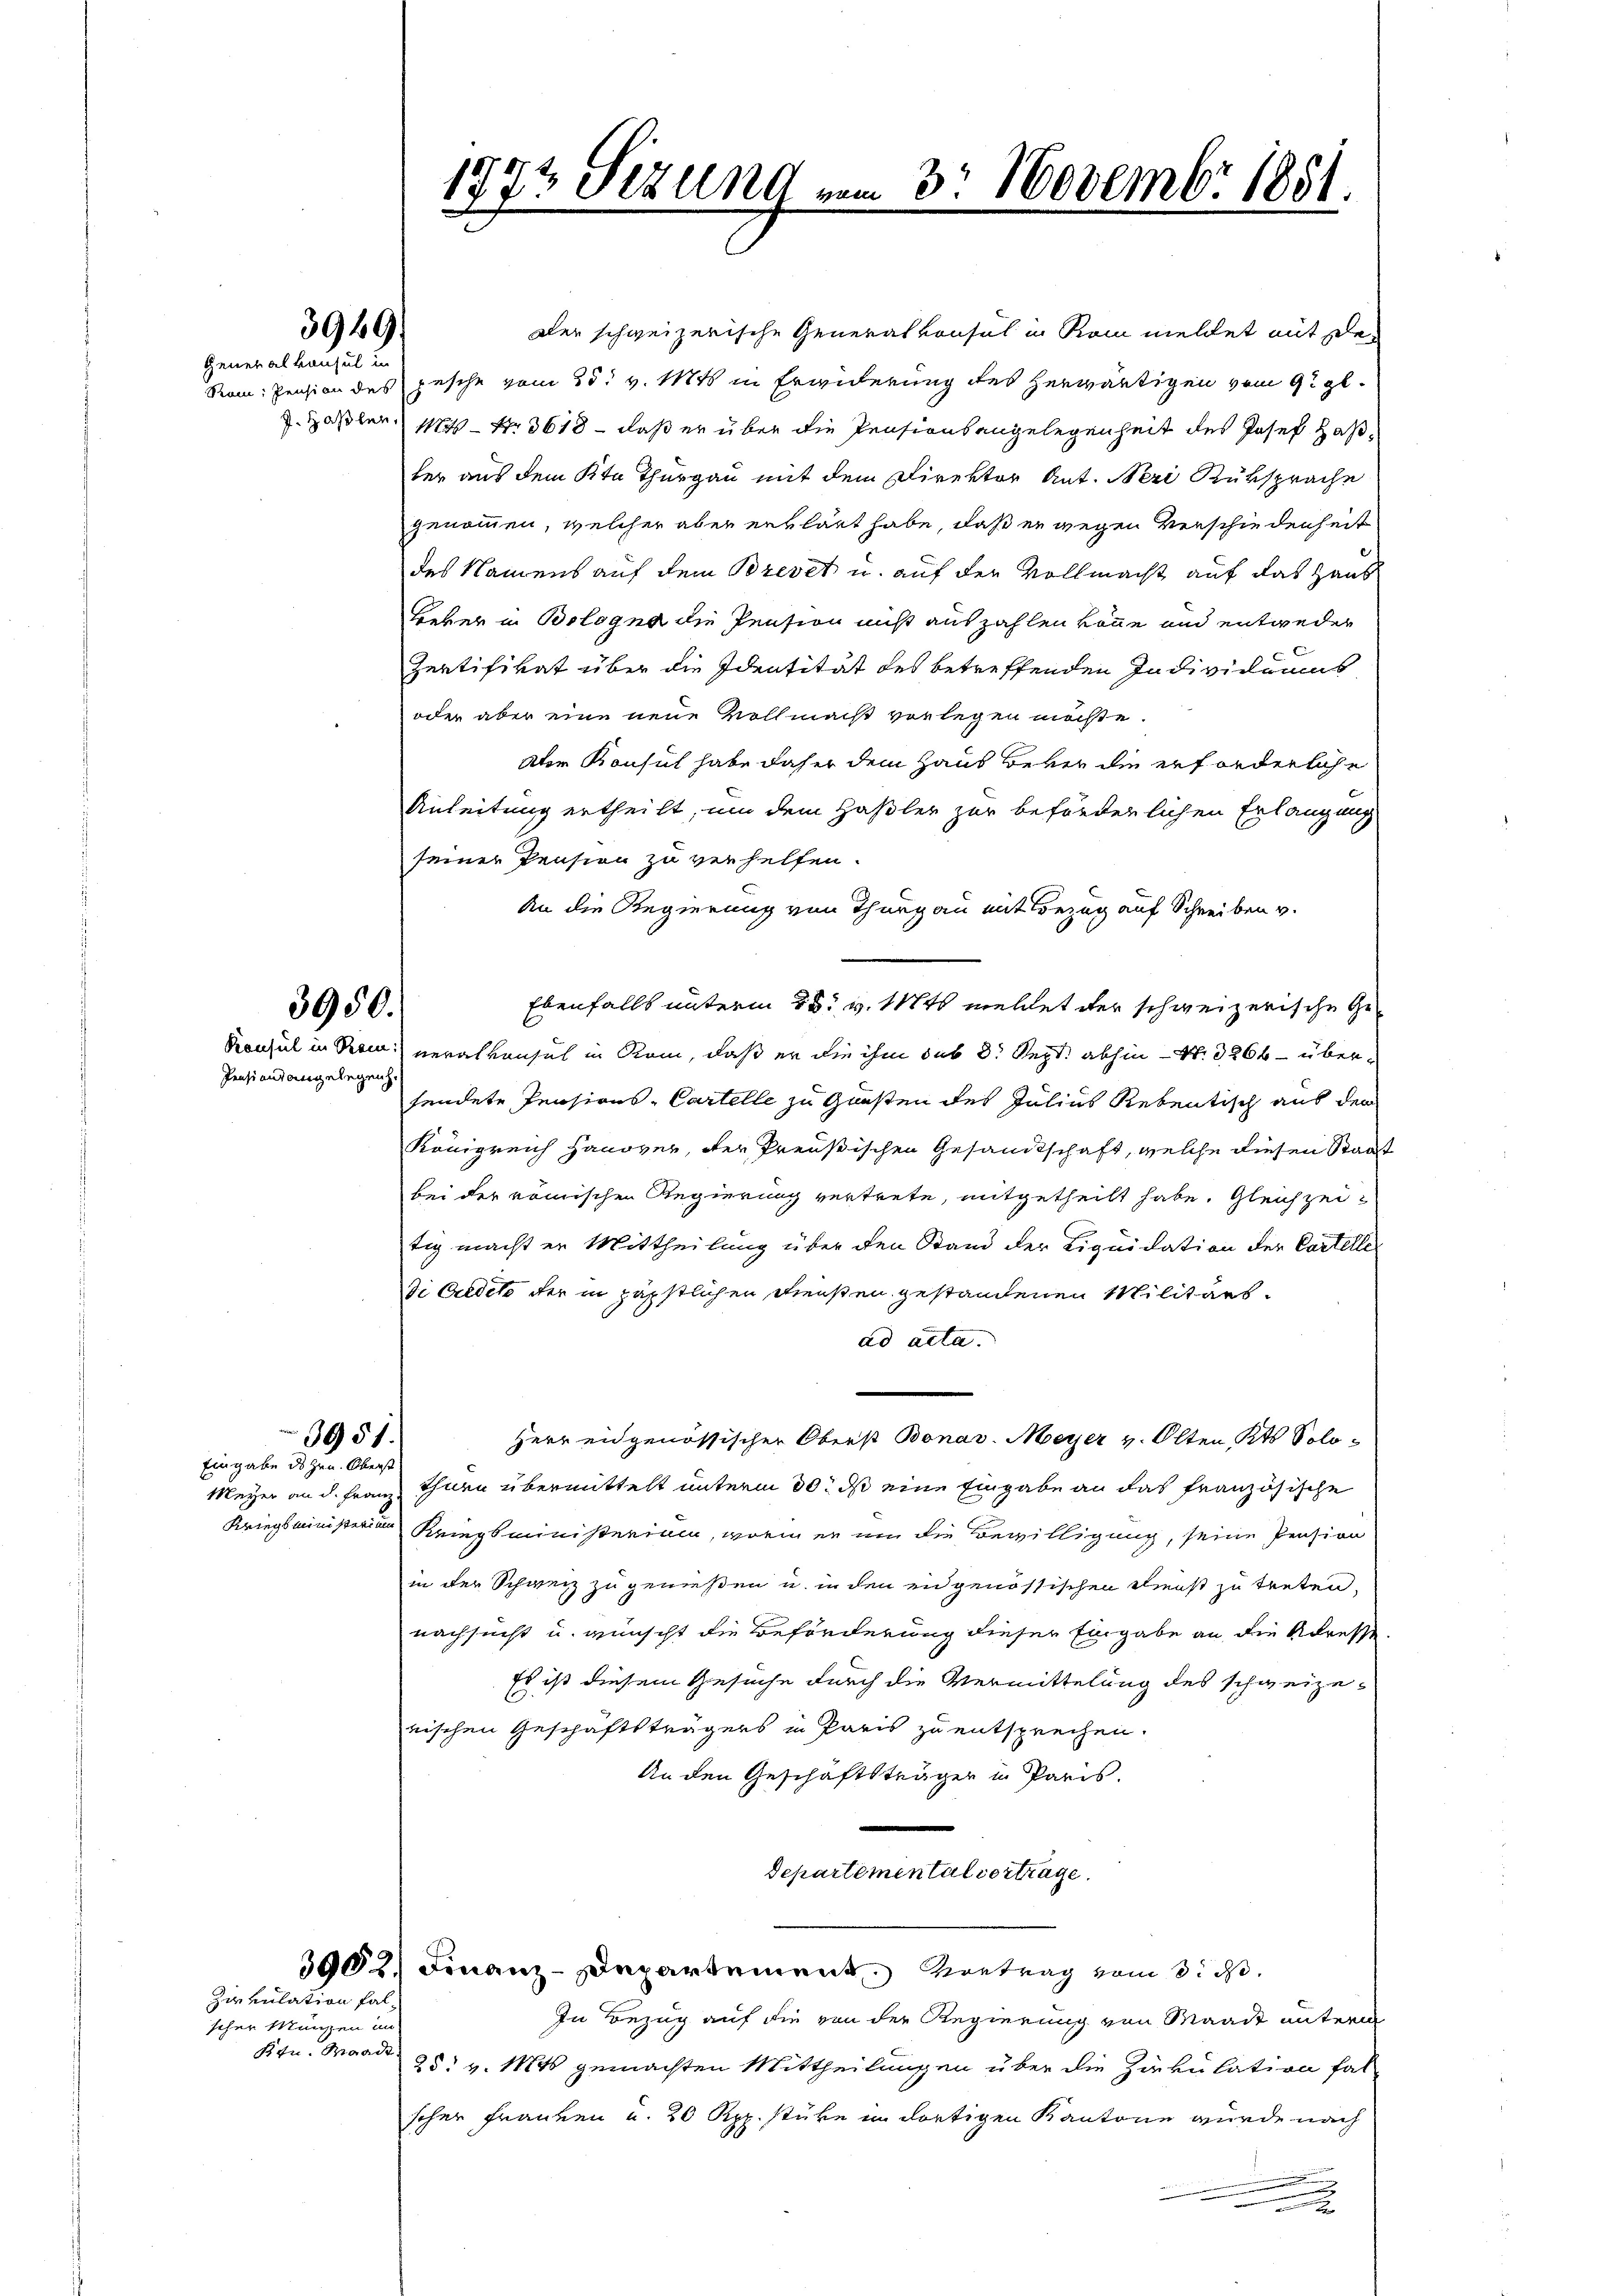
3949
Generalkonsul in

3950.
Pensionsangelegen.

3951.
Eingabe des Hrn. Oberst

Zirkulation fal
scher Münzen in
Ktn. Waadt.

Der schweizerische Generalkonsul in Rom meldet mit se¬
Ram: Pension des gesche vom 25. v. Mts. in Erwiderung des herwärtigen vom 9. gl.
. Haßler 184 – Nr. 3618 — daß er über die Pensionsangelegenheit des Josef Haßber aus dem Kt. Thurgau mit dem Direktor Ant. Neri Rüksprache
genommen, welcher aber erklärt habe, daß er wegen Verschiedenheit
des Namens auf dem Brevet u. auf der Vollmacht auf das Haus
Beker in Bologna die Pension nicht auszahlen könne und entweder
Zertifikat über die Identität des betreffenden Individuums
oder aber eine neue Vollmacht verlegen möchte.
Atem Konsul habe daher dem Haus Bevor die erforderliche
Anleitung ertheilt, um dem Haßler zur beförderlichen Erlangung
seiner Pension zu verhelfen.
An die Regierung von Thurgau mit Bezug auf Schreiben v.
Ebenfalls unterm 25. v. 1884 meldet der schweizerische Ge¬
Konsul in Rom veralkonsul in Rom, daß er die ihm das 8. Sept. abhin – Nr. 3266 – übersendete Pensions- Cartelle zu Gunsten des Julius Rebentisch aus dem
Königreich Hanover, der Preußischen Gesandtschaft, welche diesen Staat
bei der römischen Regierung vertrete, mitgetheilt habe. Gleichzeitig macht er Mittheilung über den Stand der Liquidation der Cartelle
di Guldete der in päpstlichen Diensten gestandenen Militärs.
ad acta.
Herr eidgenössischer Oberst Bonav. Meyer v. Olten Kts. Solo¬
Meyer an d. Franz Ihnen übermittelt unterm 30. ds eine Eingabe an das französische
Kriegsministerie Kriegsministerium, worin er um die Bewilligung, seine Pension
in der Schweiz zu genießen u. in den eidgenössischen Dienst zu treten,
nachsucht u. wünscht die Beförderung dieser Eingabe an die Adresse
Es ist diesem Gesuche durch die Vermittelung des schweizenischen Geschäftsträgers in Paris zu entsprechen.
An den Geschäftsträger in Paris.
Departemental vortrage.
3002.) Finanz-Departement. Vortrag vom 8. d.
In Bezug auf die von der Regierung von Maait unterm
25. v. 1846 gemachten Mittheilungen über die Zirkulation fal
scher Franken u. 20 Rpp. stüke in dortigen Kantone wurde nach
.

1942 Sizung vom 3. Novembr 1851
22.